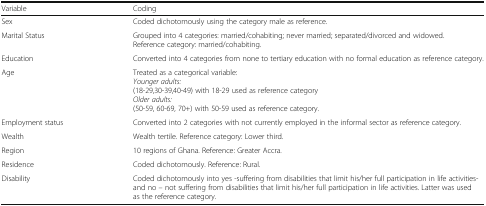
| Variable | Coding |
 | --- | --- |
 | Sex | Coded dichotomously using the category male as reference. |
 | Marital Status | Grouped into 4 categories: married/cohabiting; never married; separated/divorced and widowed. Reference category: married/cohabiting. |
 | Education | Converted into 4 categories from none to tertiary education with no formal education as reference category. |
 | Age | Treated as a categorical variable:Younger adults:(18-29,30-39,40-49) with 18-29 used as reference categoryOlder adults:(50-59, 60-69, 70+) with 50-59 used as reference category. |
 | Employment status | Converted into 2 categories with not currently employed in the informal sector as reference category. |
 | Wealth | Wealth tertile. Reference category: Lower third. |
 | Region | 10 regions of Ghana. Reference: Greater Accra. |
 | Residence | Coded dichotomously. Reference: Rural. |
 | Disability | Coded dichotomously into yes -suffering from disabilities that limit his/her full participation in life activities- and no – not suffering from disabilities that limit his/her full participation in life activities. Latter was used as the reference category. |